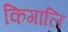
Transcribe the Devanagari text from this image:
किगालि